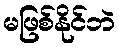
မဖြစ်နိုင်ဘဲ